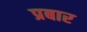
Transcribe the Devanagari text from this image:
प्रबार